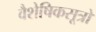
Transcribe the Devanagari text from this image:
वैशेषिकसूत्रों